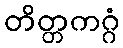
တိတ္တကဂ္ဂံ